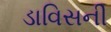
ડાવિસની